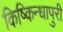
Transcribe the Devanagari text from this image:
किष्किन्धापुरी